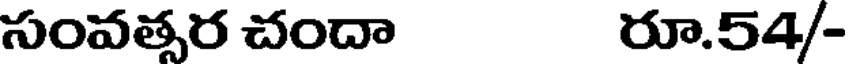
సంవత్సర చందా రూ.54/-